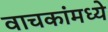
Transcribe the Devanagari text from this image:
वाचकांमध्ये